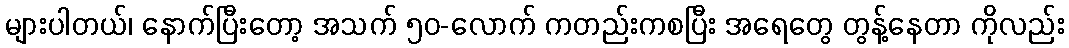
များပါတယ်၊ နောက်ပြီးတော့ အသက် ၅၀-လောက် ကတည်းကစပြီး အရေတွေ တွန့်နေတာ ကိုလည်း